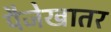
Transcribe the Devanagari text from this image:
पैजेखातर